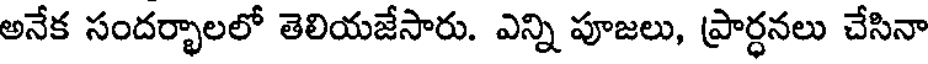
అనేక సందర్భాలలో తెలియజేసారు. ఎన్ని పూజలు, ప్రార్ధనలు చేసినా